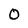
Character: 0